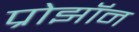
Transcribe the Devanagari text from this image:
प्रोझॉन